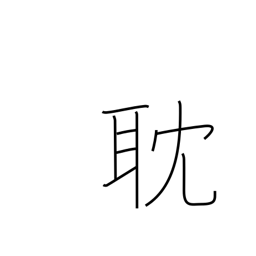
Meaning: absorbed in